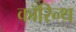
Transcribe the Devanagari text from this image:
कॉरिन्थ